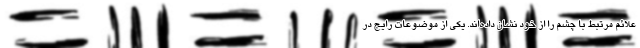
علائم مرتبط با چشم را از خود نشان داده‌اند. یکی از موضوعات رایج در